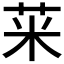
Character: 𱽥